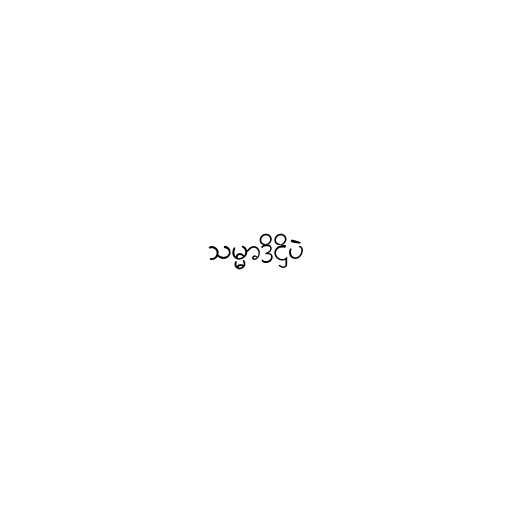
သမ္မာဒိဋ္ဌိပဲ